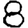
Digit: 8